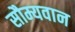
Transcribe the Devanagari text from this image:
सौम्यवान